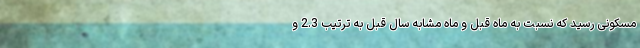
مسکونی رسید که نسبت به ماه قبل و ماه مشابه سال قبل به ترتیب 2.3 و